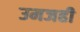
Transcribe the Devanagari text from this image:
उमजही